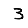
Digit: 3